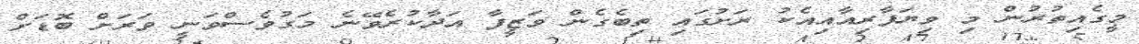
މީގެއިތުރުން މި ވިޔަފާރިއާއިއެކު ރަށުގައި ތިބެގެން ވަޒީފާ އަދާކުރެވޭނެ މަގުވެސްވަނީ ވަރަށް ބޮޑަށް